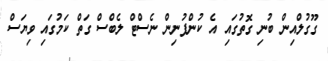
ގޫގުލްއިން ބުނި ގޮތުގައި އެ ކުންފުނިން ނެސްޓް ލެބްސް ގަތް ކަމުގައި ވިޔަސް